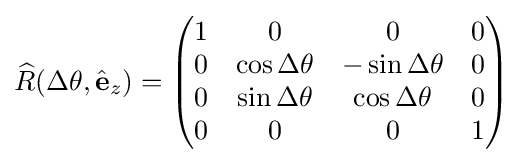
{\widehat {R}}(\Delta \theta ,{\hat {\mathbf {e} }}_{z})={\begin{pmatrix}1&0&0&0\\0&\cos \Delta \theta &-\sin \Delta \theta &0\\0&\sin \Delta \theta &\cos \Delta \theta &0\\0&0&0&1\\\end{pmatrix}}